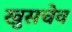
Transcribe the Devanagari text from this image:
खुसचेव